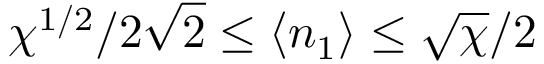
{ \chi ^ { 1 / 2 } } / { 2 \sqrt { 2 } } \leq \langle n _ { 1 } \rangle \leq \sqrt { \chi } / 2